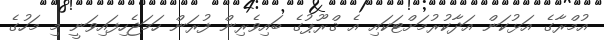
އުމްރާގެ އަޅުކަން އަދާކުރުމަށްޓަކައި އެ ޤްރޫޕުގެ ބައިވެރިން ފުރަން ހަމަޖެހިފައިވަނީ މި މަހުގެ